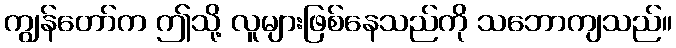
ကျွန်တော်က ဤသို့ လူများဖြစ်နေသည်ကို သဘောကျသည်။